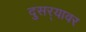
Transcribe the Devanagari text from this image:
दुसर्‍यावर